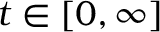
t \in [ 0 , \infty ]